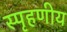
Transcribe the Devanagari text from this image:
स्‍पृहणीय